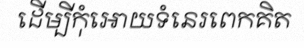
ដើម្បីកុំអោយទំនេរពេកគិត